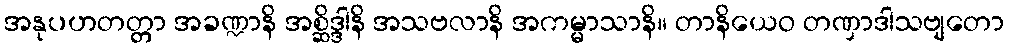
အနုပဟတတ္တာ အခဏ္ဍာနိ အစ္ဆိဒ္ဒါနိ အသဗလာနိ အကမ္မာသာနိ။ တာနိယေဝ တဏှာဒါသဗျတော